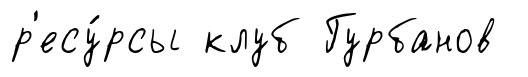
р'есу́рсы клуб Гурбанов